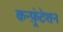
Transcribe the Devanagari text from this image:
कन्फ़्रंटेशन